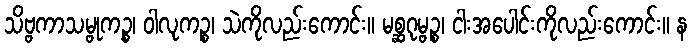
သိဗ္ဗကာသမ္ဗုကဉ္စ၊ ဝါလုကဉ္စ၊ သဲကိုလည်းကောင်း။ မစ္ဆဂုမ္ဗဉ္စ၊ ငါးအပေါင်းကိုလည်းကောင်း။ န